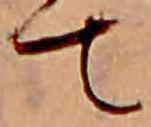
て